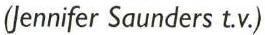
(Jennifer Saunders t.v.)